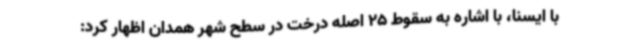
با ایسنا، با اشاره به سقوط 25 اصله درخت در سطح شهر همدان اظهار کرد: